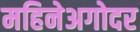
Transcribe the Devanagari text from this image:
महिनेअगोदर